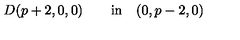
D ( p + 2 , 0 , 0 ) \qquad \mathrm { i n } \quad ( 0 , p - 2 , 0 )